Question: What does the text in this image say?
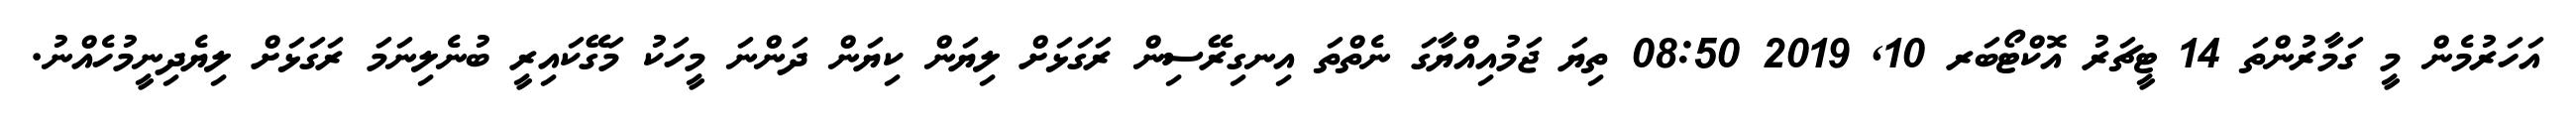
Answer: އަހަރުމެން މީ ގަމާރުންތަ 14 ޓީޗަރު އޮކްޓޯބަރ 10, 2019 08:50 ތިޔަ ޖަމުއިއްޔާގަ ނެތްތަ އިނގިރޭސިން ރަގަޅަށް ލިޔަން ކިޔަން ދަންނަ މީހަކު މަގޭކައިރީ ބުނެލިނަމަ ރަގަޅަށް ލިޔެދިނީމުހެއްނު.